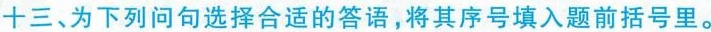
十三、为下列问句选择合适的答语，将其序号填入题前括号里。